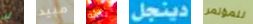
لن مبيد بحثه دينجل للمؤتمر